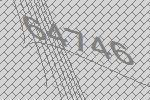
64746